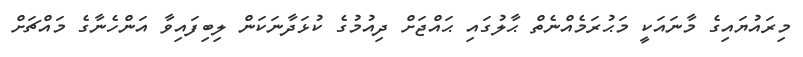
މިރައުޔައިގެ މާނައަކީ މަޙުރަމެއްނެތް ޙާލުގައި ޙައްޖަށް ދިއުމުގެ ކުޅަދާނަކަން ލިބިފައިވާ އަންހެނާގެ މައްޗަށް